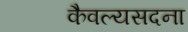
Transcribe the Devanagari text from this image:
कैवल्यसदना